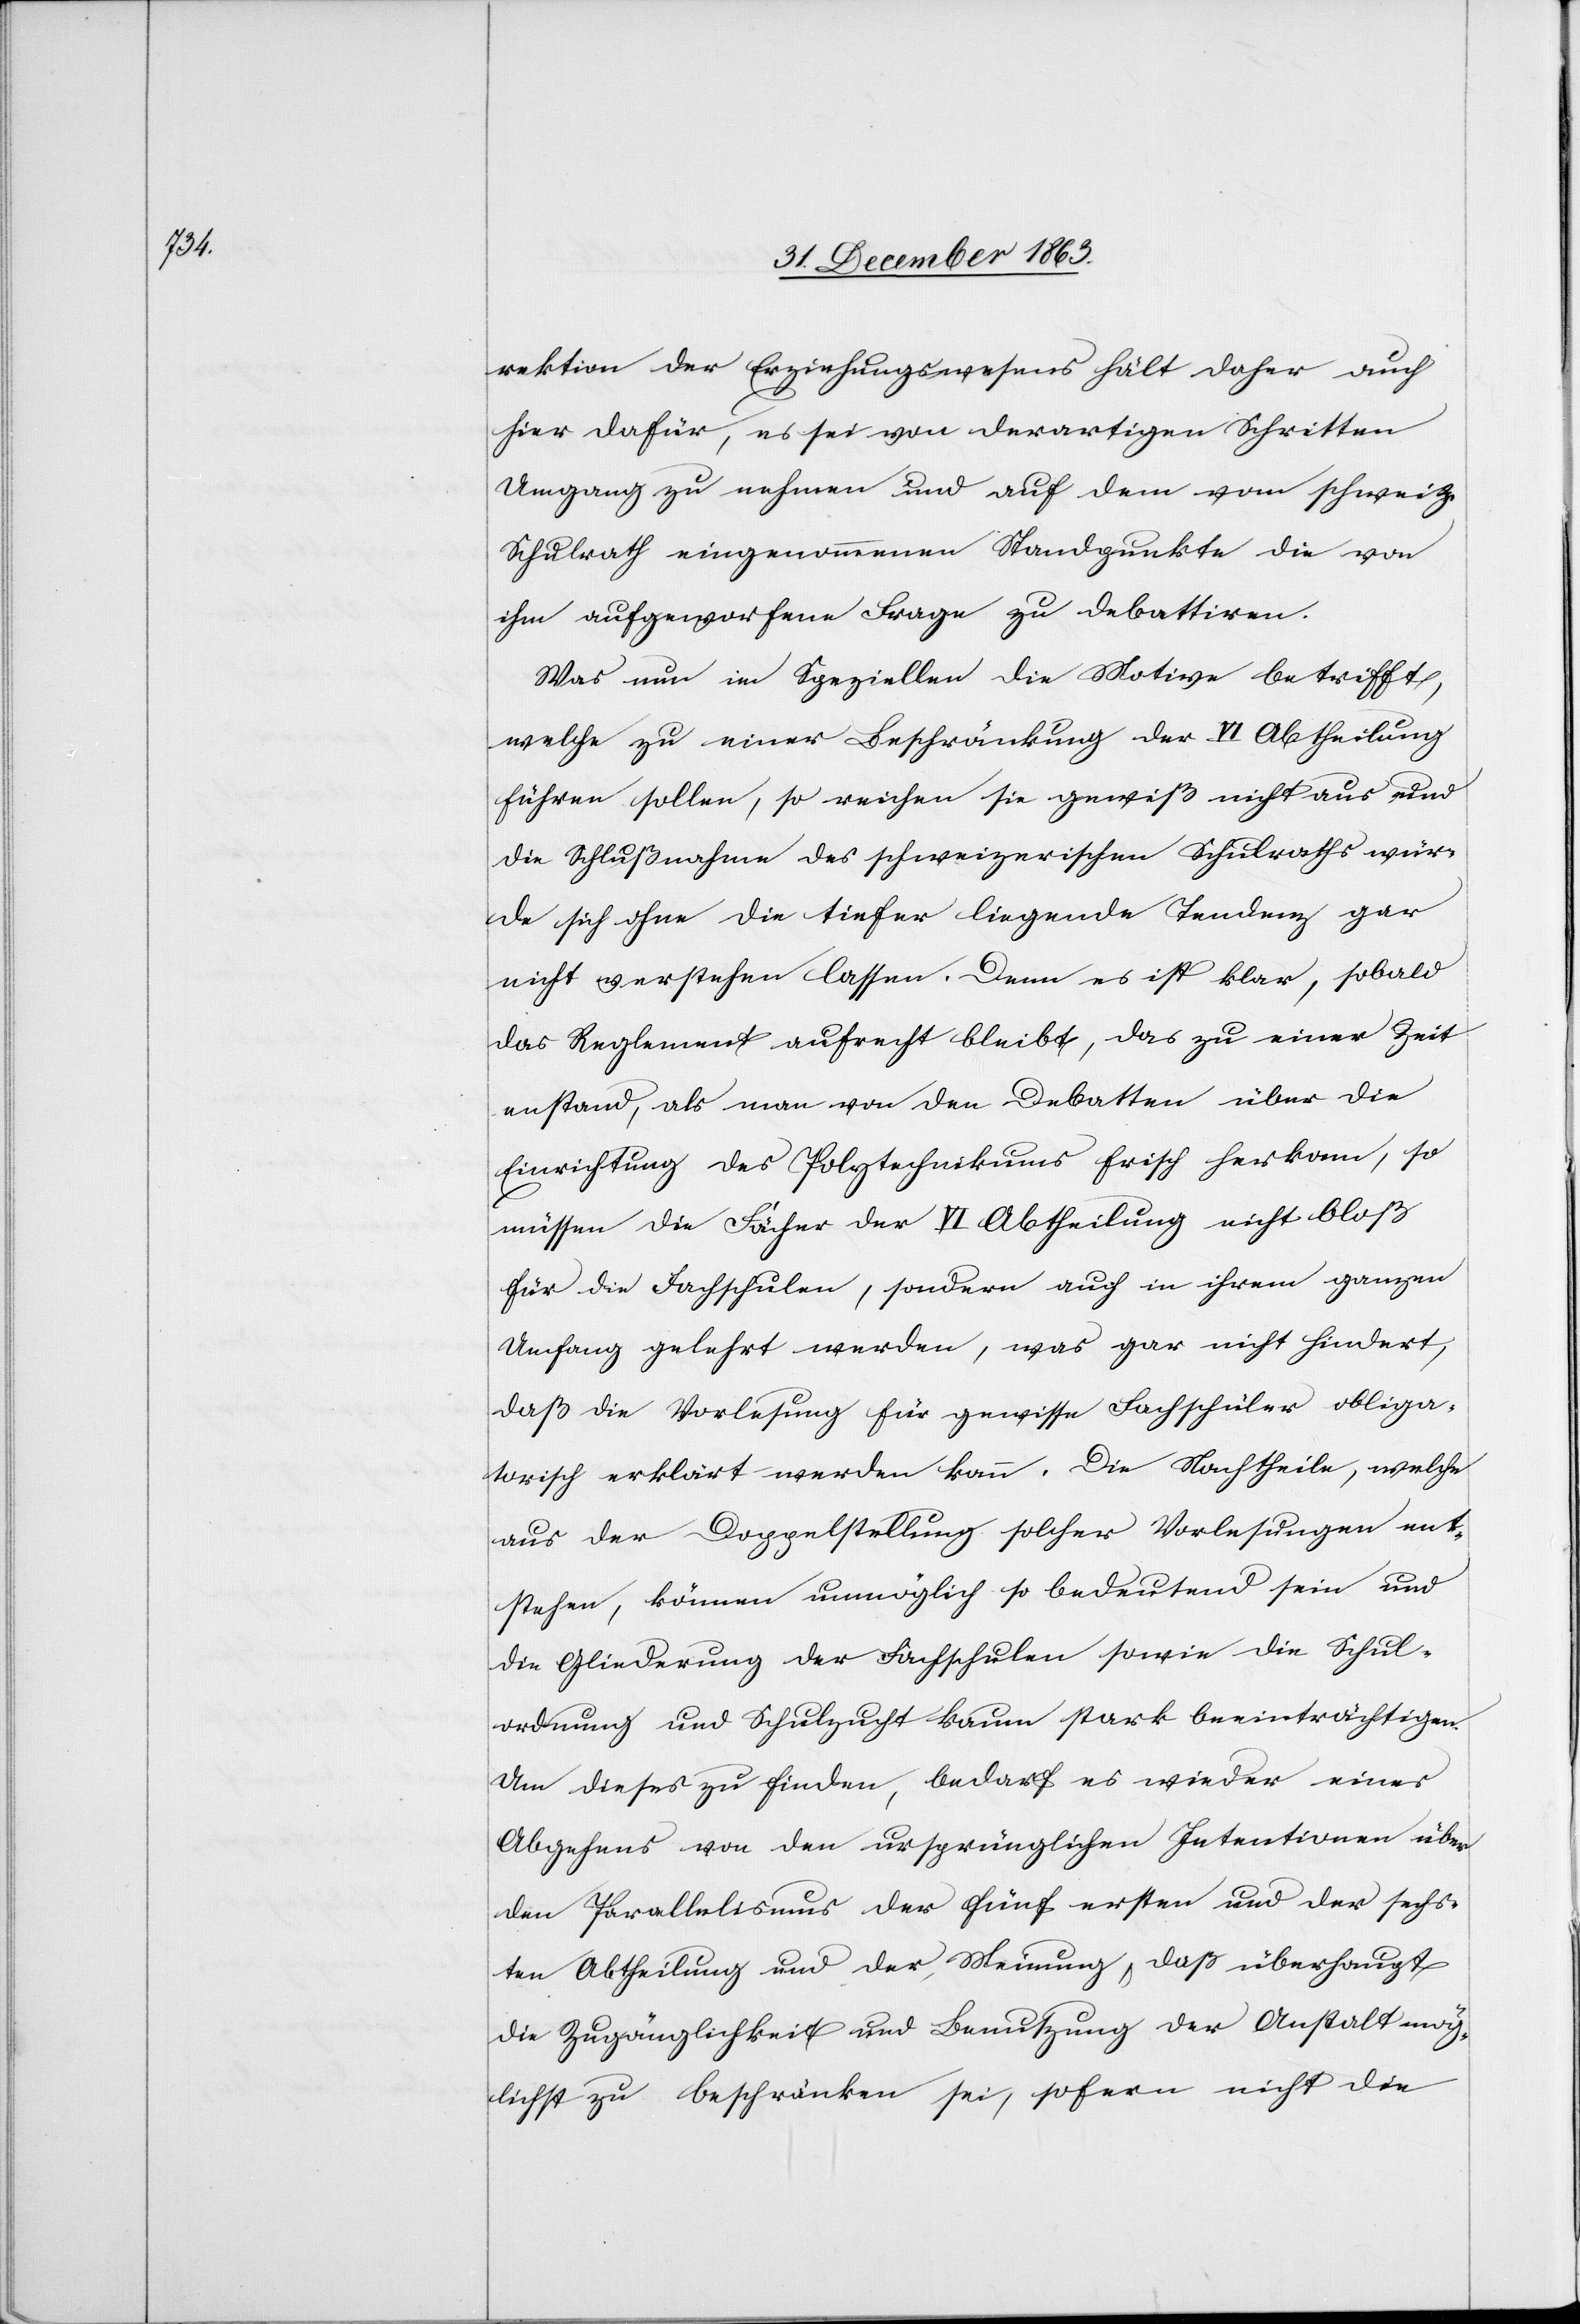
rektion der [sic!] Erziehungswesens hält daher auch
hier dafür, es sei von derartigen Schritten
Umgang zu nehmen und auf dem vom schweiz.
Schulrath eingenommenen Standpunkte die von
ihm aufgeworfene Frage zu debattiren.
Was nun im Speziellen die Motive betrifft,
welche zu einer Beschränkung der VI Abtheilung
führen sollen, so reichen sie gewiß nicht aus und
die Schlußnahme des schweizerischen Schulraths wür¬
de sich ohne die tiefer liegende Tendenz gar
nicht verstehen lassen. Denn es ist klar, sobald
das Reglement aufrecht bleibt, das zu einer Zeit
entstand, als man von den Debatten über die
Einrichtung des Polytechnikums frisch herkam, so
müssen die Fächer der VI Abtheilung nicht bloß
für die Fachschulen, sondern auch in ihrem ganzen
Umfang gelehrt werden, was gar nicht hindert,
daß die Vorlesung für gewisse Fachschüler obliga¬
torisch erklärt werden kann. Die Nachtheile, welche
aus der Doppelstellung solcher Vorlesungen ent¬
stehen, können unmöglich so bedeutend sein und
die Gliederung der Fachschulen sowie die Schul¬
ordnung und Schulzucht kaum stark beeinträchtigen.
Um dieses zu finden, bedarf es wieder eines
Abgehens von den ursprünglichen Intentionen über
den Parallelismus der fünf ersten und der sechs¬
ten Abtheilung und der Meinung, daß überhaupt
die Zugänglichkeit und Benutzung der Anstalt mög¬
lichst zu beschränken sei, sofern nicht die